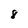
Character: 8